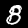
Digit: 8